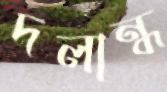
দলান্ধ